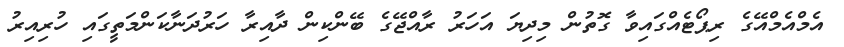
އެމްއެމްއޭގެ ރިޕޯޓެއްގައިވާ ގޮތުން މިދިޔަ އަހަރު ރާއްޖޭގެ ބޭންކިން ދާއިރާ ހަރުދަނާކަންމަތީގައި ހުރިއިރު